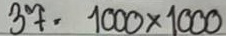
37 = 1000 x 1000